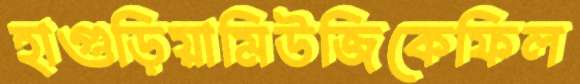
হাগুড়িয়ামিউজিকেফিল